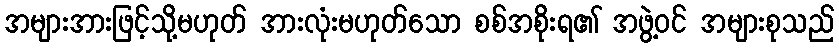
အများအားဖြင့်သို့မဟုတ် အားလုံးမဟုတ်သော စစ်အစိုးရ၏ အဖွဲ့ဝင် အများစုသည်